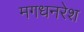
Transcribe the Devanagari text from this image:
मगधनरेश